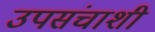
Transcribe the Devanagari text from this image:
उपसंचाशी